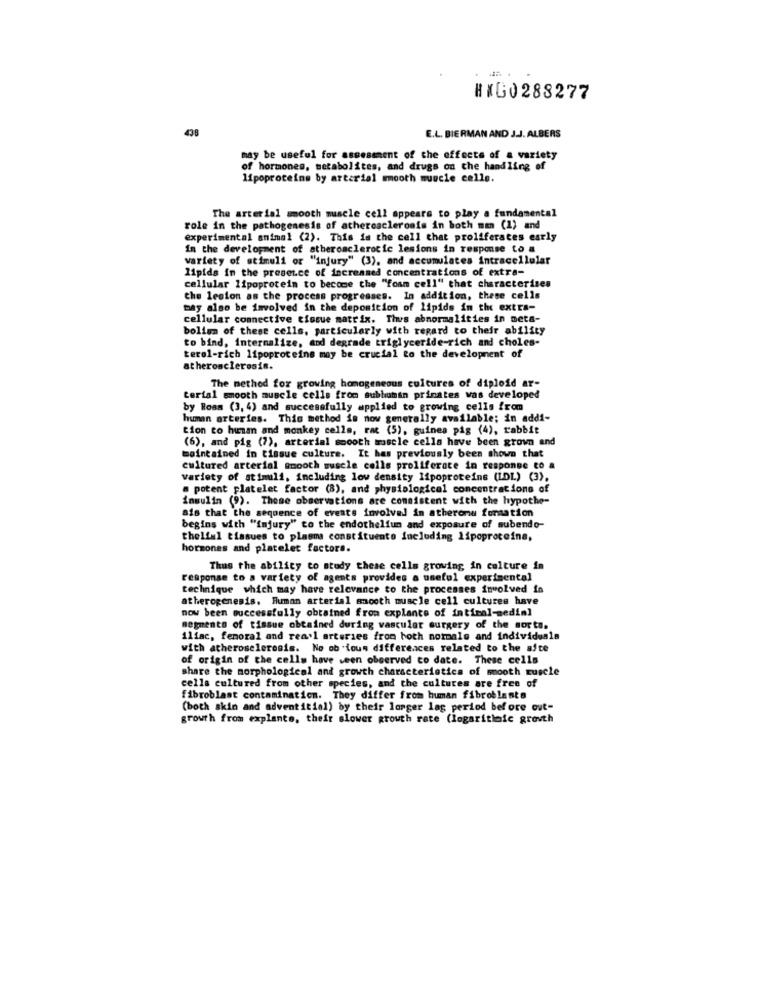
HIG0288277
438
E.L. BIERMAN AND J.J. ALBERS
may be useful for assessment of the effects of a variety
of hormones, metabolites, and drugs on the handling of
lipoproteins by arterial smooth muscle cells.
The arterial smooth muscle cell appears to play a fundamental
role in the pathogenesis of atherosclerosis in both man (1) and
experimental animal (2). This is the cell that proliferates early
In the development of atherosclerotic lesions in response to a
variety of stimuli or "injury" (3), and accumulates intracellular
lipids in the presence of increased concentrations of extra-
cellular lipoprotein to become che "foam cell" that characterizes
the lesion as the process progresses. In addition, these cells
may also be involved in the deposition of lipids in the extra-
cellular connective tissue matrix. Thus abnormalities in meta-
bolism of these cells, particularly with regard to their ability
to bind, internalize, and degrade triglyceride-rich and choles-
terol-rich lipoproteins may be crucial to the development of
atherosclerosis.
The method for growing homogeneous cultures of diploid ar-
terial smooth muscle cells from subhuman prinates was developed
by Ross (3, 4) and successfully applied to growing cells from
human arteries. This method is now generally available; in addi-
tion to human and monkey cells, rat (5), guinea pig (4), rabbit
(6), and pig (7), arterial smooth muscle cells have been grown and
maintained in tissue culture. It has previously been shown that
cultured arterial smooth muscle cells proliferace in response to a
variety of stimuli, including low density lipoproteins (LDL) (3).
a potent platelet factor (8), and physiological concentrations of
insulin (9). These observations are consistent with the hypothe-
ais that the sequence of events involved in atheronu formation
begins with "injury" to the endothelfun and exposure of subendo-
thelial tissues to plasma constituents including lipoproteine,
hormones and platelet factors.
Thus the ability to study these cells growing in culture in
response to a variety of agents provides a useful experimental
technique which may have relevance to the processes involved in
atherogenesis. Human arterial smooth muscle cell cultures have
now been successfully obtained from explants of intiral-medin]
segments of tissue obtained during vascular surgery of the sorta.
iliac, femoral and rea'l arteries from both normale and individuals
with atherosclerosis. No ob tous differences related to the afte
of origin of the cells have seen observed to date. These cells
share the morphological and growth characteristics of mooth muscle
cells cultured from other species, and the cultures are free of
Fibroblast contamination. They differ from human fibroblaste
(both skin and adventitial) by their longer las period before out-
growth from explants, their slower growth rate (logaritleic grovth